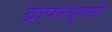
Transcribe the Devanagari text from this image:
द्रापरयुगनो